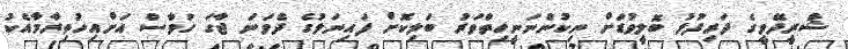
ޝްރީދޭވީގެ ދަރިފުޅު ބޮލީވުޑަށް ނިކުންނަނީހިތްވަރު ބަލިކޮށް ފައިނަލުގެ ދެވަނަ ޖާގަ ހަވާސް އަށްއިހުތިރާމާއެކު